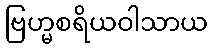
ဗြဟ္မစရိယဝါသာယ